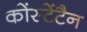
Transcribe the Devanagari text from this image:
कोंस्टेंटैन